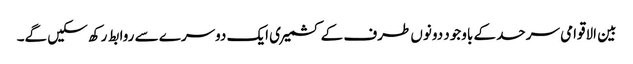
بین الاقوامی سرحد کے باوجود دونوں طرف کے کشمیری ایک دوسرے سے روابط رکھ سکیں گے۔